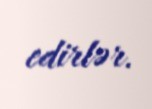
edirlər.